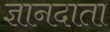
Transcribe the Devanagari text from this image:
ज्ञानदाता